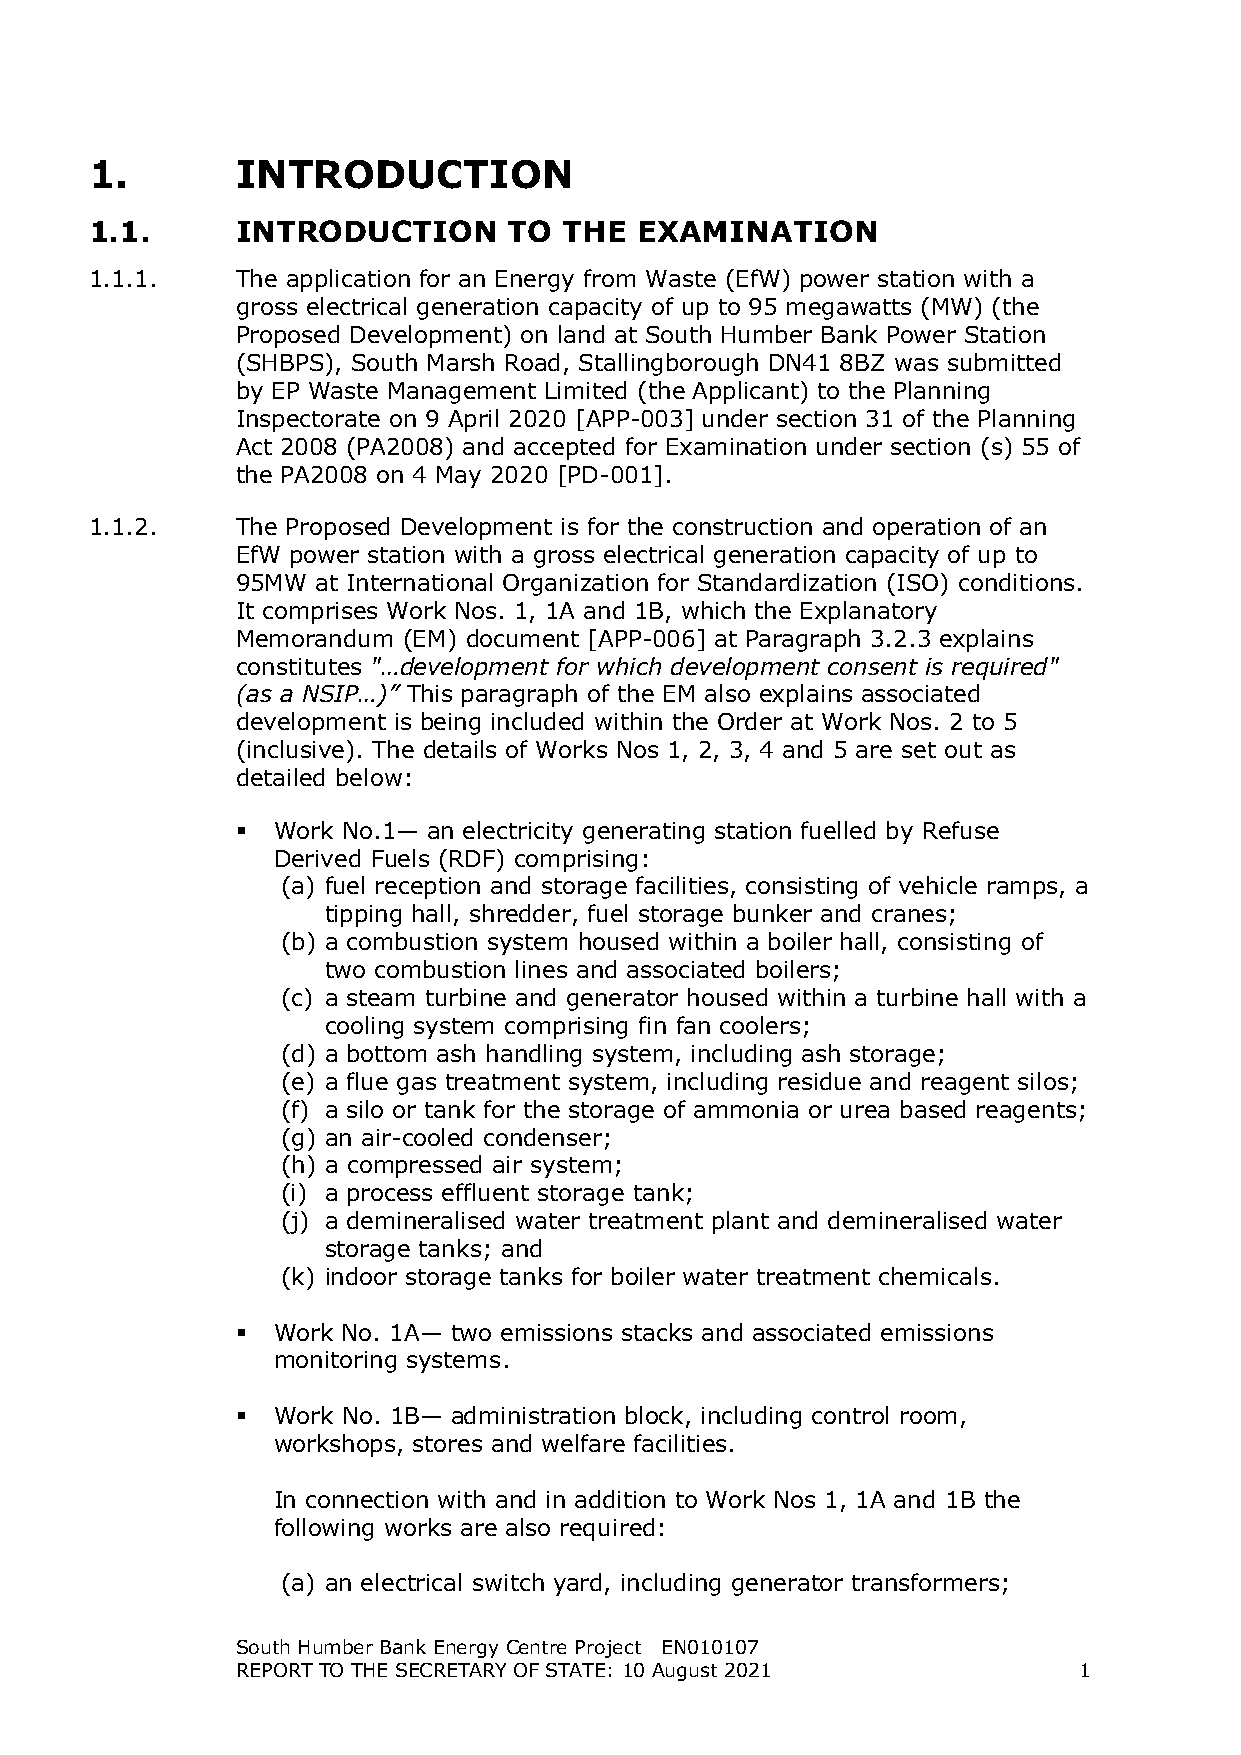
1.        INTRODUCTION
 1.1.      INTRODUCTION      TO THE  EXAMINATION
 1.1.1.    The application for an Energy from Waste (EfW) power station with a
 gross electrical generation capacity of up to 95 megawatts (MW) (the
 Proposed Development) on land at South Humber Bank Power Station
 (SHBPS), South Marsh Road, Stallingborough DN41 8BZ was submitted
 by EP Waste Management Limited (the Applicant) to the Planning
 Inspectorate on 9 April 2020 [APP-003] under section 31 of the Planning
 Act 2008 (PA2008) and accepted for Examination under section (s) 55 of
 the PA2008 on 4 May 2020 [PD-001].
 1.1.2.    The Proposed Development is for the construction and operation of an
 EfW power station with a gross electrical generation capacity of up to
 95MW at International Organization for Standardization (ISO) conditions.
 It comprises Work Nos. 1, 1A and 1B, which the Explanatory
 Memorandum (EM) document [APP-006] at Paragraph 3.2.3 explains
 constitutes "…development for which development consent is required"
 (as a NSIP…)” This paragraph of the EM also explains associated
 development is being included within the Order at Work Nos. 2 to 5
 (inclusive). The details of Works Nos 1, 2, 3, 4 and 5 are set out as
 detailed below:
  Work No.1— an electricity generating station fuelled by Refuse
 Derived Fuels (RDF) comprising:
 (a) fuel reception and storage facilities, consisting of vehicle ramps, a
 tipping hall, shredder, fuel storage bunker and cranes;
 (b) a combustion system housed within a boiler hall, consisting of
 two combustion lines and associated boilers;
 (c) a steam turbine and generator housed within a turbine hall with a
 cooling system comprising fin fan coolers;
 (d) a bottom ash handling system, including ash storage;
 (e) a flue gas treatment system, including residue and reagent silos;
 (f) a silo or tank for the storage of ammonia or urea based reagents;
 (g) an air-cooled condenser;
 (h) a compressed air system;
 (i) a process effluent storage tank;
 (j) a demineralised water treatment plant and demineralised water
 storage tanks; and
 (k) indoor storage tanks for boiler water treatment chemicals.
  Work No. 1A— two emissions stacks and associated emissions
 monitoring systems.
  Work No. 1B— administration block, including control room,
 workshops, stores and welfare facilities.
 In connection with and in addition to Work Nos 1, 1A and 1B the
 following works are also required:
 (a) an electrical switch yard, including generator transformers;
 South Humber Bank Energy Centre Project EN010107
 REPORT TO THE SECRETARY OF STATE: 10 August 2021       1